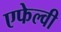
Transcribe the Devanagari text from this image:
एफेल्वी